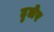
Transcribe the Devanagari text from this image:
टुलेर